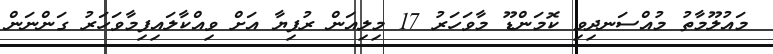
މައުލޫމާތު މުއްސަނދިވި ކޮމަންޑޫ މާވަހަރު 17 މިލިއަން ރުފިޔާ އަށް ވިއްކާލައިފިމާވަހަރު ގަންނަން